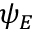
\psi _ { E }